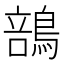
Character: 䳝